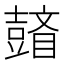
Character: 𱳊